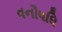
વનૌષધિ